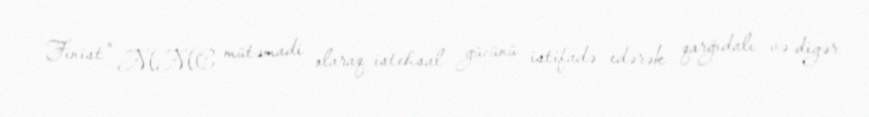
Finist" MMC mütəmadi olaraq istehsal gücünü istifadə edərək qarğıdalı və digər